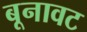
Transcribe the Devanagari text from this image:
बूनावट